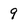
Character: 9